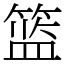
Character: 篮